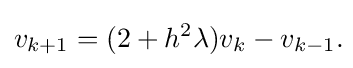
v_{k+1}=(2+h^{2}\lambda )v_{k}-v_{k-1}.\!